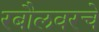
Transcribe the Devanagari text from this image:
रबौलवरचे